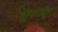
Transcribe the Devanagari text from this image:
क्रूसतंतु